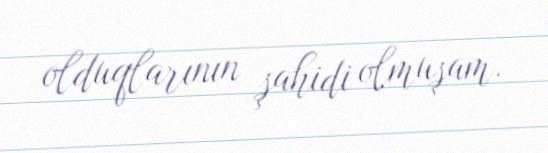
olduqlarının şahidi olmuşam.